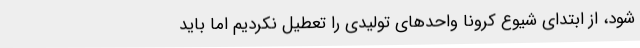
شود، از ابتدای شیوع کرونا واحدهای تولیدی را تعطیل نکردیم اما باید